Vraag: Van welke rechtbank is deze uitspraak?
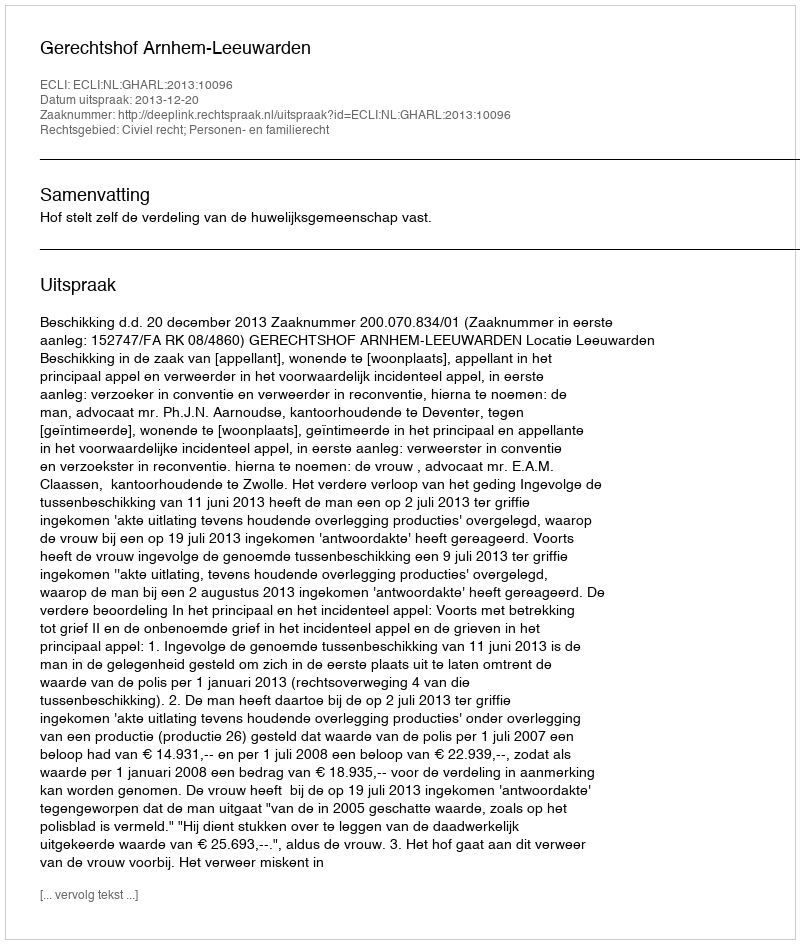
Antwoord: Gerechtshof Arnhem-Leeuwarden